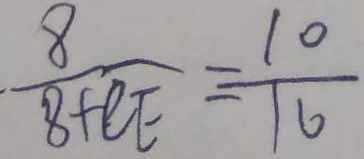
\frac { 8 } { 8 + C E } = \frac { 1 0 } { 1 6 }